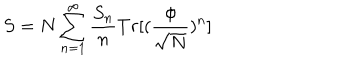
LaTeX: S = N \sum _ { n = 1 } ^ { \infty } \frac { S _ { n } } { n } T r [ ( \frac { \phi } { \sqrt N } ) ^ { n } ]